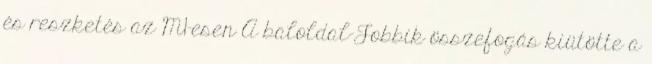
és reszketés az M1-esen A baloldal-Jobbik összefogás kiütötte a